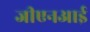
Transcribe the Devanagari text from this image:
जीएनआई